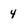
Character: 4